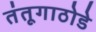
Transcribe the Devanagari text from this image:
तंतूगाठोडे